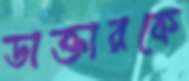
ডাক্তারকে